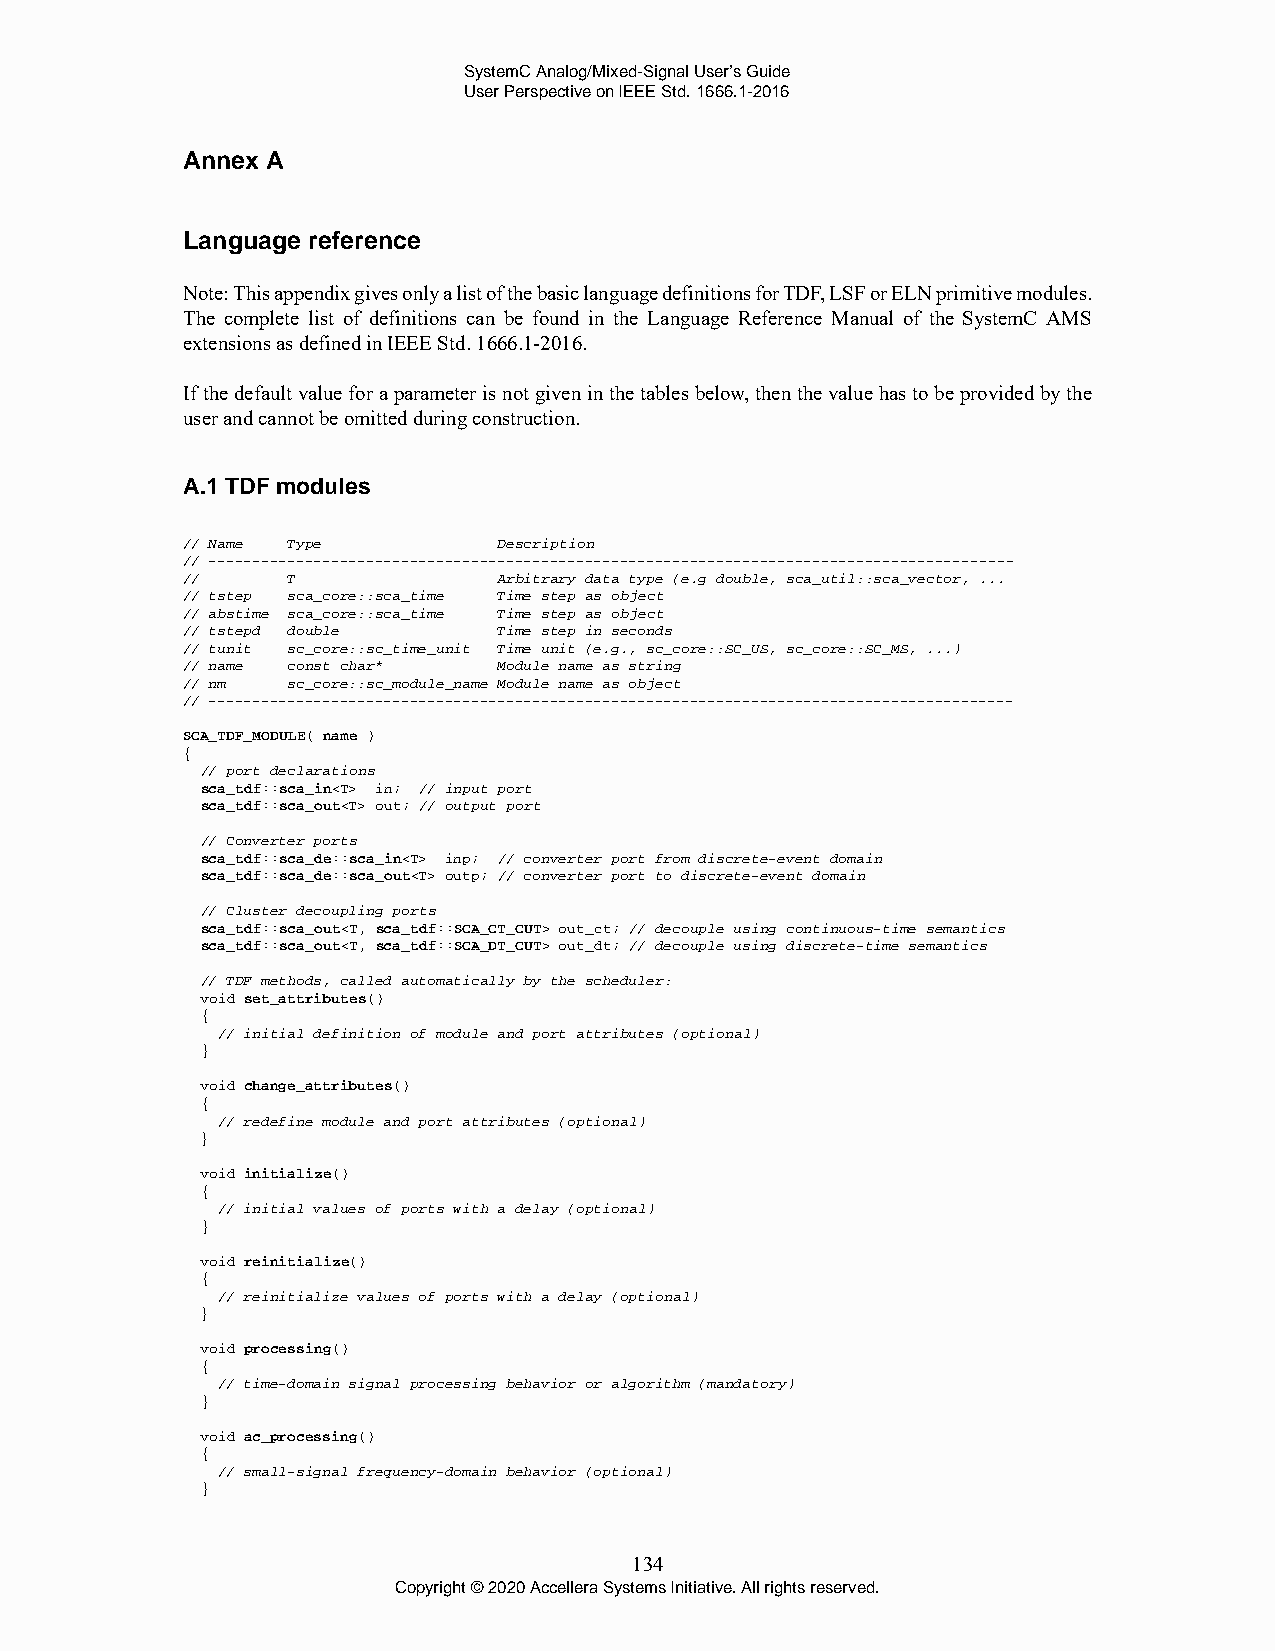
SystemC Analog/Mixed-Signal User’s Guide
 User Perspective on IEEE Std. 1666.1-2016
 Annex A
 Language reference
 Note: This appendix gives only a list of the basic language definitions for TDF, LSF or ELN primitive modules.
 The complete list of definitions can be found in the Language Reference Manual of the SystemC AMS
 extensions as defined in IEEE Std. 1666.1-2016.
 If the default value for a parameter is not given in the tables below, then the value has to be provided by the
 user and cannot be omitted during construction.
 A.1 TDF modules
 // Name Type         Description
 // --------------------------------------------------------------------------------------------
 //     T             Arbitrary data type (e.g double, sca_util::sca_vector, ...
 // tstep sca_core::sca_time Time step as object
 // abstime sca_core::sca_time Time step as object
 // tstepd double     Time step in seconds
 // tunit sc_core::sc_time_unit Time unit (e.g., sc_core::SC_US, sc_core::SC_MS, ...)
 // name const char*  Module name as string
 // nm  sc_core::sc_module_name Module name as object
 // --------------------------------------------------------------------------------------------
 SCA_TDF_MODULE( name )
 {
 // port declarations
 sca_tdf::sca_in<T> in; // input port
 sca_tdf::sca_out<T> out; // output port
 // Converter ports
 sca_tdf::sca_de::sca_in<T> inp; // converter port from discrete-event domain
 sca_tdf::sca_de::sca_out<T> outp; // converter port to discrete-event domain
 // Cluster decoupling ports
 sca_tdf::sca_out<T, sca_tdf::SCA_CT_CUT> out_ct; // decouple using continuous-time semantics
 sca_tdf::sca_out<T, sca_tdf::SCA_DT_CUT> out_dt; // decouple using discrete-time semantics
 // TDF methods, called automatically by the scheduler:
 void set_attributes()
 {
 // initial definition of module and port attributes (optional)
 }
 void change_attributes()
 {
 // redefine module and port attributes (optional)
 }
 void initialize()
 {
 // initial values of ports with a delay (optional)
 }
 void reinitialize()
 {
 // reinitialize values of ports with a delay (optional)
 }
 void processing()
 {
 // time-domain signal processing behavior or algorithm (mandatory)
 }
 void ac_processing()
 {
 // small-signal frequency-domain behavior (optional)
 }
 134
 Copyright © 2020 Accellera Systems Initiative. All rights reserved.